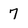
Character: 7